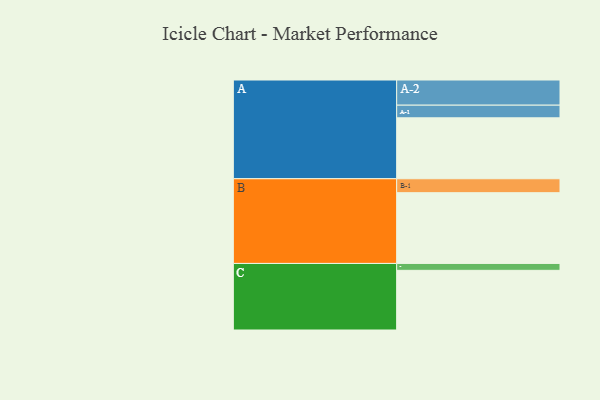
{"axis": {"x": "Segment", "y": "Value"}, "legend": ["", "A", "B", "C"], "data": [{"x": "A", "y": 477, "type": ""}, {"x": "B", "y": 554, "type": ""}, {"x": "C", "y": 467, "type": ""}, {"x": "A-1", "y": 99, "type": "A"}, {"x": "A-2", "y": 197, "type": "A"}, {"x": "B-1", "y": 109, "type": "B"}, {"x": "C-1", "y": 54, "type": "C"}]}